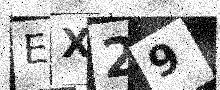
Text: EX29